Vital statistics of India. Vol. V, Reports of 1876 on armies & jails and on epidemic cholera
Year: 1876
Disease focus: Cholera
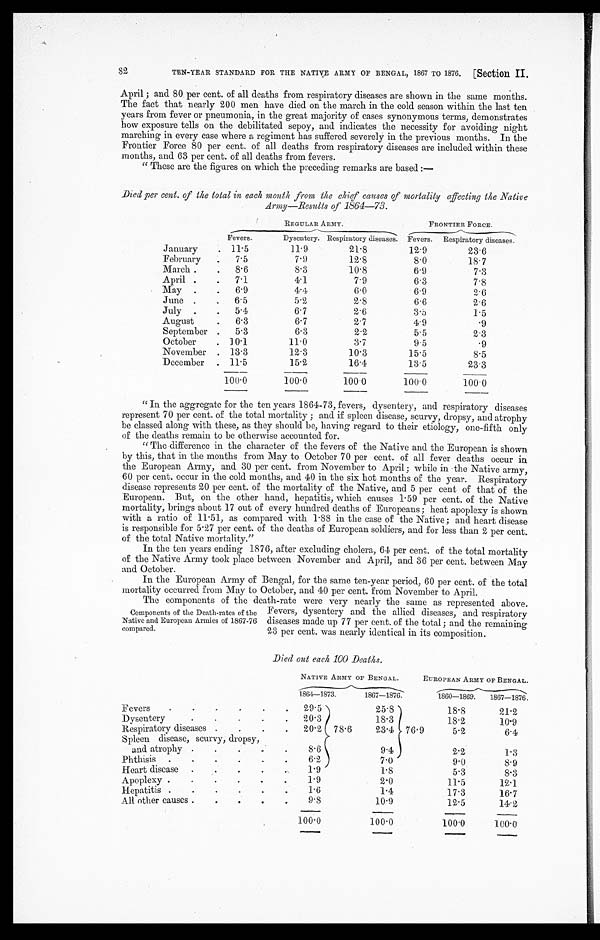
TEN-YEAR STANDARD FOR THE NATIVE ARMY OF BENGAL, 1867 TO 1876. [Section II.
April ; and 80 per cent. of all deaths from respiratory diseases are shown in the same months.
The fact that nearly 200 men have died on the march in the cold season within the last ten
years from fever or pneumonia, in the great majority of cases synonymous terms, demonstrates
how exposure tells on the debilitated sepoy, and indicates the necessity for avoiding night
marching in every case where a regiment has suffered severely in the previous months. In the
Frontier Force 80 per cent. of all deaths from respiratory diseases are included within these
months, and 63 per cent. of all deaths from fevers.
" These are the figures on which the preceding remarks are based :-
Died per cent. of the total in each month from the chief causes of mortality affecting the Native
Army-Results of 1864-73.
REGULAR ARMY.
FRONTIER FORCE.
Fevers.
Dysentery. Respiratory diseases. Fevers. Respiratory diseases.
January
11.5
11. 9
21.8
12.9
23.6
February
7.5
7.9
12.8
8.0
18.7
March
8. 6
8.3
10.8
6.9
7.3
April
7.1
4.1
7.9
6.3
7.8
May
6.9
4.4
6.0
6.9
2.6
June
6.5
5.2
2.8
6.6
2.6
July
5.4
6.7
2.6
3.5
1.5
August
6.3
6.7
2.7
4.9
.9
September
5.3
6.3
2.2
5.5
2.3
October
10.1
11.0
3.7
9.5
.9
November 13.3
12.3
10.3
15.5
8.5
December 11.5
15.2
16.1
13.5
23.3
100.0
100.0
1 0 0 . 0
100.O
100.0
"In the aggregate for the ten years 1864-73, fevers, dysentery, and respiratory diseases
represent 70 per cent. of the total mortality ; and if spleen disease, scurvy, dropsy, and atrophy
be classed along with these, as they should be, having regard to their etiology, one-fifth only
of the deaths remain to be otherwise accounted for.
" The difference in the character of the fevers of the Native and the European is shown
by this, that in the months from May to October 70 per cent. of all fever deaths occur in
the European Army, and 30 per cent. from November to April; while in -the Native army,
60 per cent, occur in the cold months, and 40 in the six hot months of the year. Respiratory
disease represents 20 per cent. of the mortality of the Native, and 5 per cent of that of the
European. But, on the other hand, hepatitis, which causes 1 . 59 per cent. of the Native
mortality, brings about 17 out of every hundred deaths of Europeans; heat apoplexy is shown
with a ratio of 11 .51, as compared with 1 .8 8 i n t h e c a s e o f t h e N a t i v e ; a n d h e a r t d i s e a s e
is responsible for 5. 27 per cent. of the deaths of European soldiers, and for less than 2 per cent.
of the total Native mortality."
In the ten years ending 1876, after excluding cholera, 64 per cent. of the total mortality
of the Native Army took place between November and April, and 36 per cent. between May
and October.
In the European Army of Bengal, for the same ten-year period, 60 per cent. of the total
mortality occurred from May to October, and 40 per cent. from November to April.
The components of the death-rate were very nearly the same as represented above.
Components of the Death-rates of the Fevers, dysentery and the allied diseases, and respiratory
Native and European Armies of 1867-76 diseases made up 77 per cent. of the total; and the remaining
compared.
23 per cent. was nearly identical in its composition.
Died out each 100 Deaths.
NATIVE ARMY OF BENGAL. EUROPEAN ARMY OF BENGAL.
1864-1873.
1867-1876.
1860-1869. 1867-1876.
Fevers
29. 5
25.8
18.8
21.2
.
Dysentery
20.3
18.3
18.2
10.9
Respiratory diseases
20. 2 78.6 23.4 76 . 9
5.2
6.4
Spleen disease, scurvy, dropsy,
8.6
9.4
2.2
and atrophy
Phthisis
6.2
7.0
9.0
1.3
8.9
Heart disease
1.9
1.8
5.3
8.3
Apoplexy
1.9
2.0
11.5
12.1
Hepatitis
1.6
1.4
17.3
16.7
.
All other causes
9. 8
10.9
12.5
14.2
100 .0
100.0
100.0
100.0
8 2